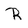
Character: R